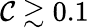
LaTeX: \mathcal{C}\gtrsim0.1